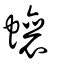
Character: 蠰